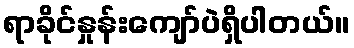
ရာခိုင်နှုန်းကျော်ပဲရှိပါတယ်။